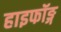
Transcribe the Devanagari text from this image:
हाइफॉङ्ग